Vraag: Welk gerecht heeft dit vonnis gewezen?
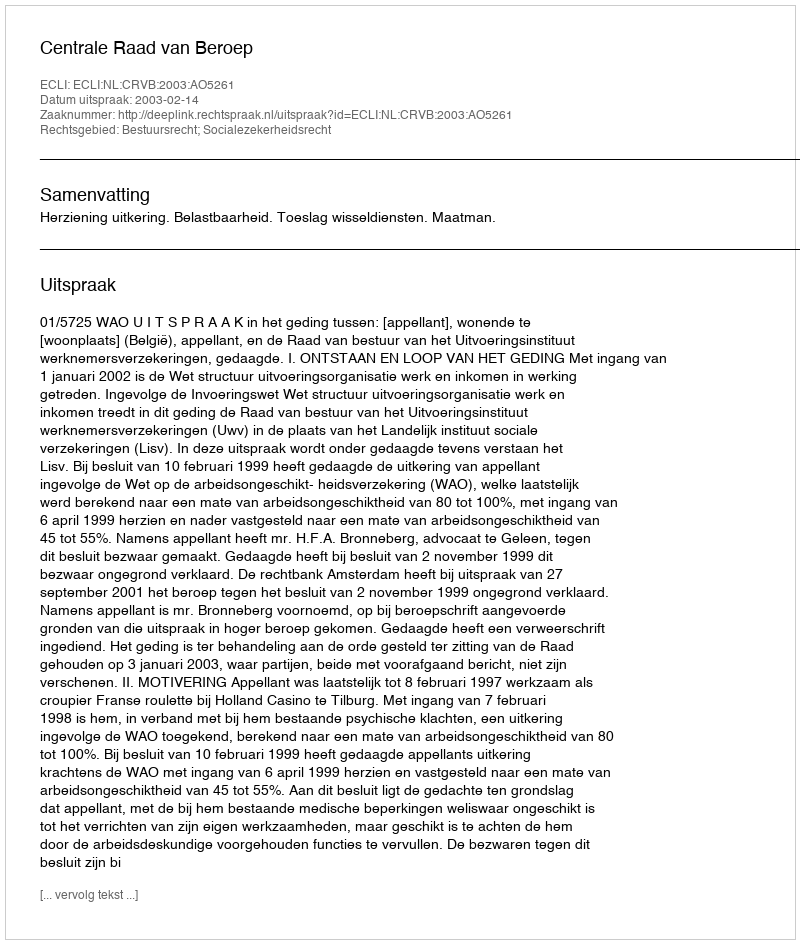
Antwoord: Centrale Raad van Beroep